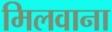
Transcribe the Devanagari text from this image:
मिलवाना